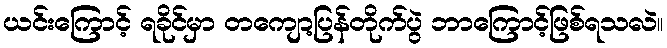
ယင်းကြောင့် ရခိုင်မှာ တကျော့ပြန်တိုက်ပွဲ ဘာကြောင့်ဖြစ်ရသလဲ။